Lunatic asylums Burma 1907-21 - 1907-1921
Year: 1907
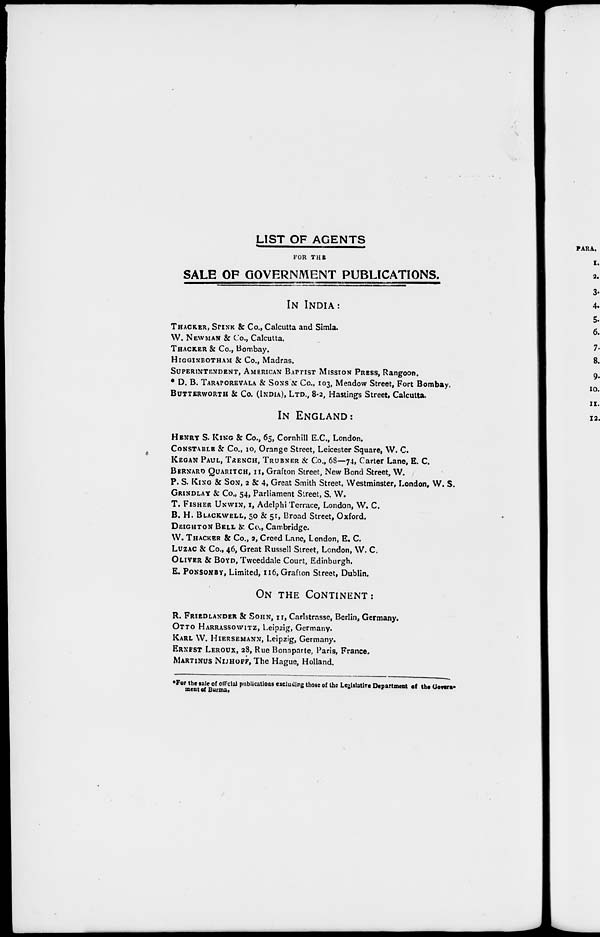
LIST OF AGENTS
FOR THE
SALE OF GOVERNMENT PUBLICATIONS.
IN INDIA:
THACKER, SPINK & Co., Calcutta and Simla.
W. NEWMAN & Co., Calcutta.
THACKER & Co., Bombay.
HIGGINBOTHAM & Co., Madras.
SUPERINTENDENT, AMERICAN BAPTIST MISSION PRESS, Rangoon.
* D. B. TARAPOREVALA & SONS & Co., 103, Meadow Street, Fort Bombay.
BUTTERWORTH & Co. (INDIA), LTD., 8-2, Hastings Street, Calcutta.
IN ENGLAND:
HENRY S. KING & Co., 65, Cornhill E.C., London.
CONSTABLE & Co., 10, Orange Street, Leicester Square, W. C.
KEGAN PAUL, TRENCH, TRUBNER & Co., 68—74, Carter Lane, E. C.
BERNARD QUARITCH, 11, Grafton Street, New Bond Street, W.
P. S. KING & SON, 2 & 4, Great Smith Street, Westminster, London, W. S.
GRINDLAY & Co., 54, Parliament Street, S. W.
T. FISHER UNWIN, 1, Adelphi Terrace, London, W. C.
B. H. BLACKWELL, 50 & 51, Broad Street, Oxford.
DEIGHTON BELL & Co., Cambridge.
W. THACKER & Co., 2, Creed Lane, London, E. C.
LUZAC & Co., 46, Great Russell Street, London, W. C.
OLIVER & BOYD, Tweeddale Court, Edinburgh.
E. PONSONBY, Limited, 116, Grafton Street, Dublin.
ON THE CONTINENT:
R. FRIEDLANDER & SOHN, 11, Carlstrasse, Berlin, Germany.
OTTO HARRASSOWITZ, Leipzig, Germany.
KARL W. HIERSEMANN, Leipzig, Germany.
ERNEST LEROUX, 28, Rue Bonaparte, Paris, France.
MARTINUS NIJHOFF, The Hague, Holland.
*For the sale of official publications excluding those of the Legislative Department of the Govern¬
ment of Burma.